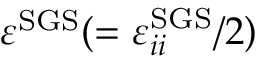
\varepsilon ^ { \mathrm { S G S } } ( = \varepsilon _ { i i } ^ { \mathrm { S G S } } / 2 )